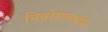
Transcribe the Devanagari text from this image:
नियोमायसीन